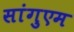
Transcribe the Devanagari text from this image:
सांगुएम